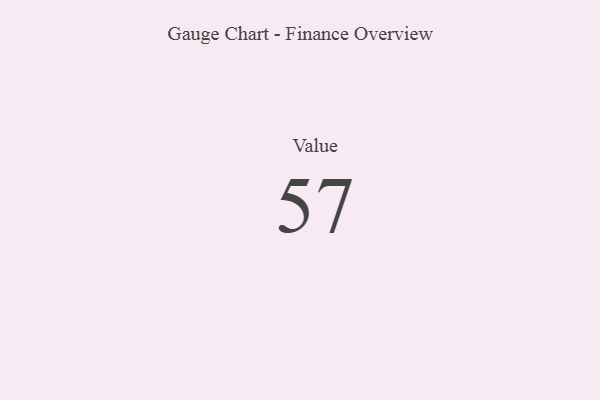
{"axis": {"x": "Metric", "y": "Value"}, "legend": [""], "data": [{"x": "Value", "y": 57, "type": ""}]}